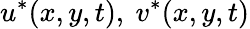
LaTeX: u^{*}(x,y,t),\ v^{*}(x,y,t)